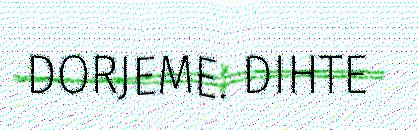
DORJEME. DIHTE